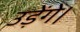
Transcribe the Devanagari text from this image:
उड़ेंगे।